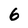
Character: 6